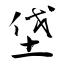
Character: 垡